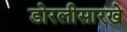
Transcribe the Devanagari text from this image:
डोरलीसारखे